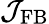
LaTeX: \mathcal{J}_{\mathrm{FB}}